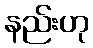
နည်းဟု